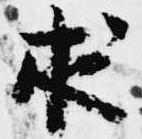
求